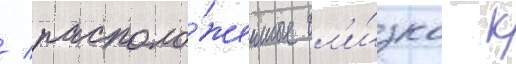
/ располо́женные бл'и́зко к